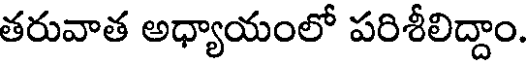
తరువాత అధ్యాయంలో పరిశీలిద్దాం.